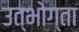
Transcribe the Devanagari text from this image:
उत्भोग्ता